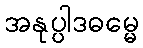
အနုပ္ပါဒဓမ္မေ